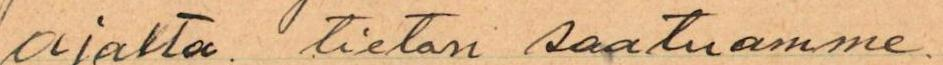
ajalta. tieton saatuamme